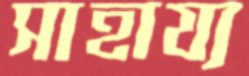
সাহায্য